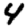
Digit: 4